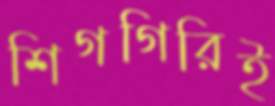
শিগগিরিই